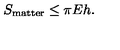
S _ { \mathrm { m a t t e r } } \leq \pi E h .